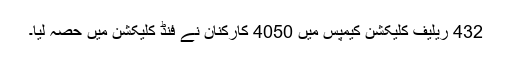
432 ریلیف کلیکشن کیمپس میں 4050 کارکنان نے فنڈ کلیکشن میں حصہ لیا۔